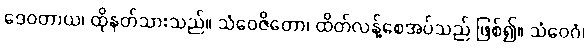
ဒေဝတာယ၊ ထိုနတ်သားသည်။ သံဝေဇိတော၊ ထိတ်လန့်စေအပ်သည် ဖြစ်၍။ သံဝေဂံ၊